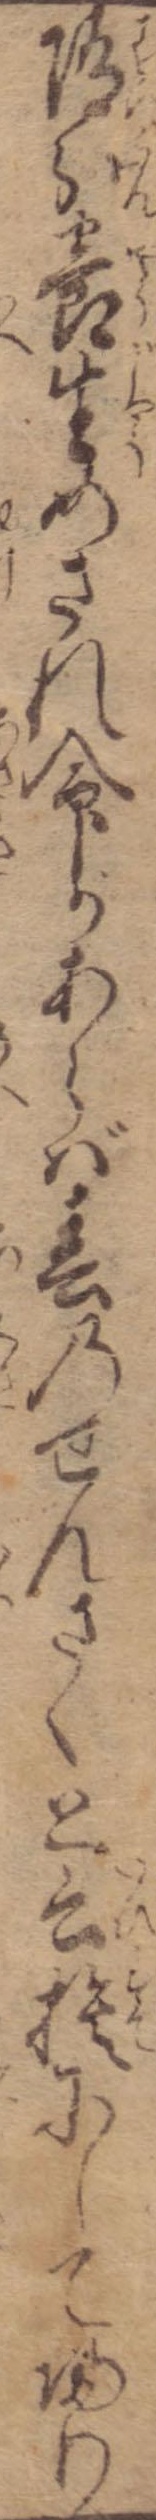
随分養生めされ命があらば春のせんさくと云捨にして帰り